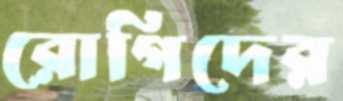
রোগিদের